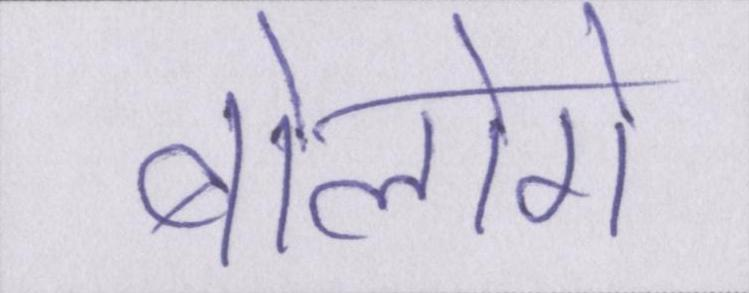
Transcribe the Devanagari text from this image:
बोलोगे